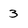
Character: 3